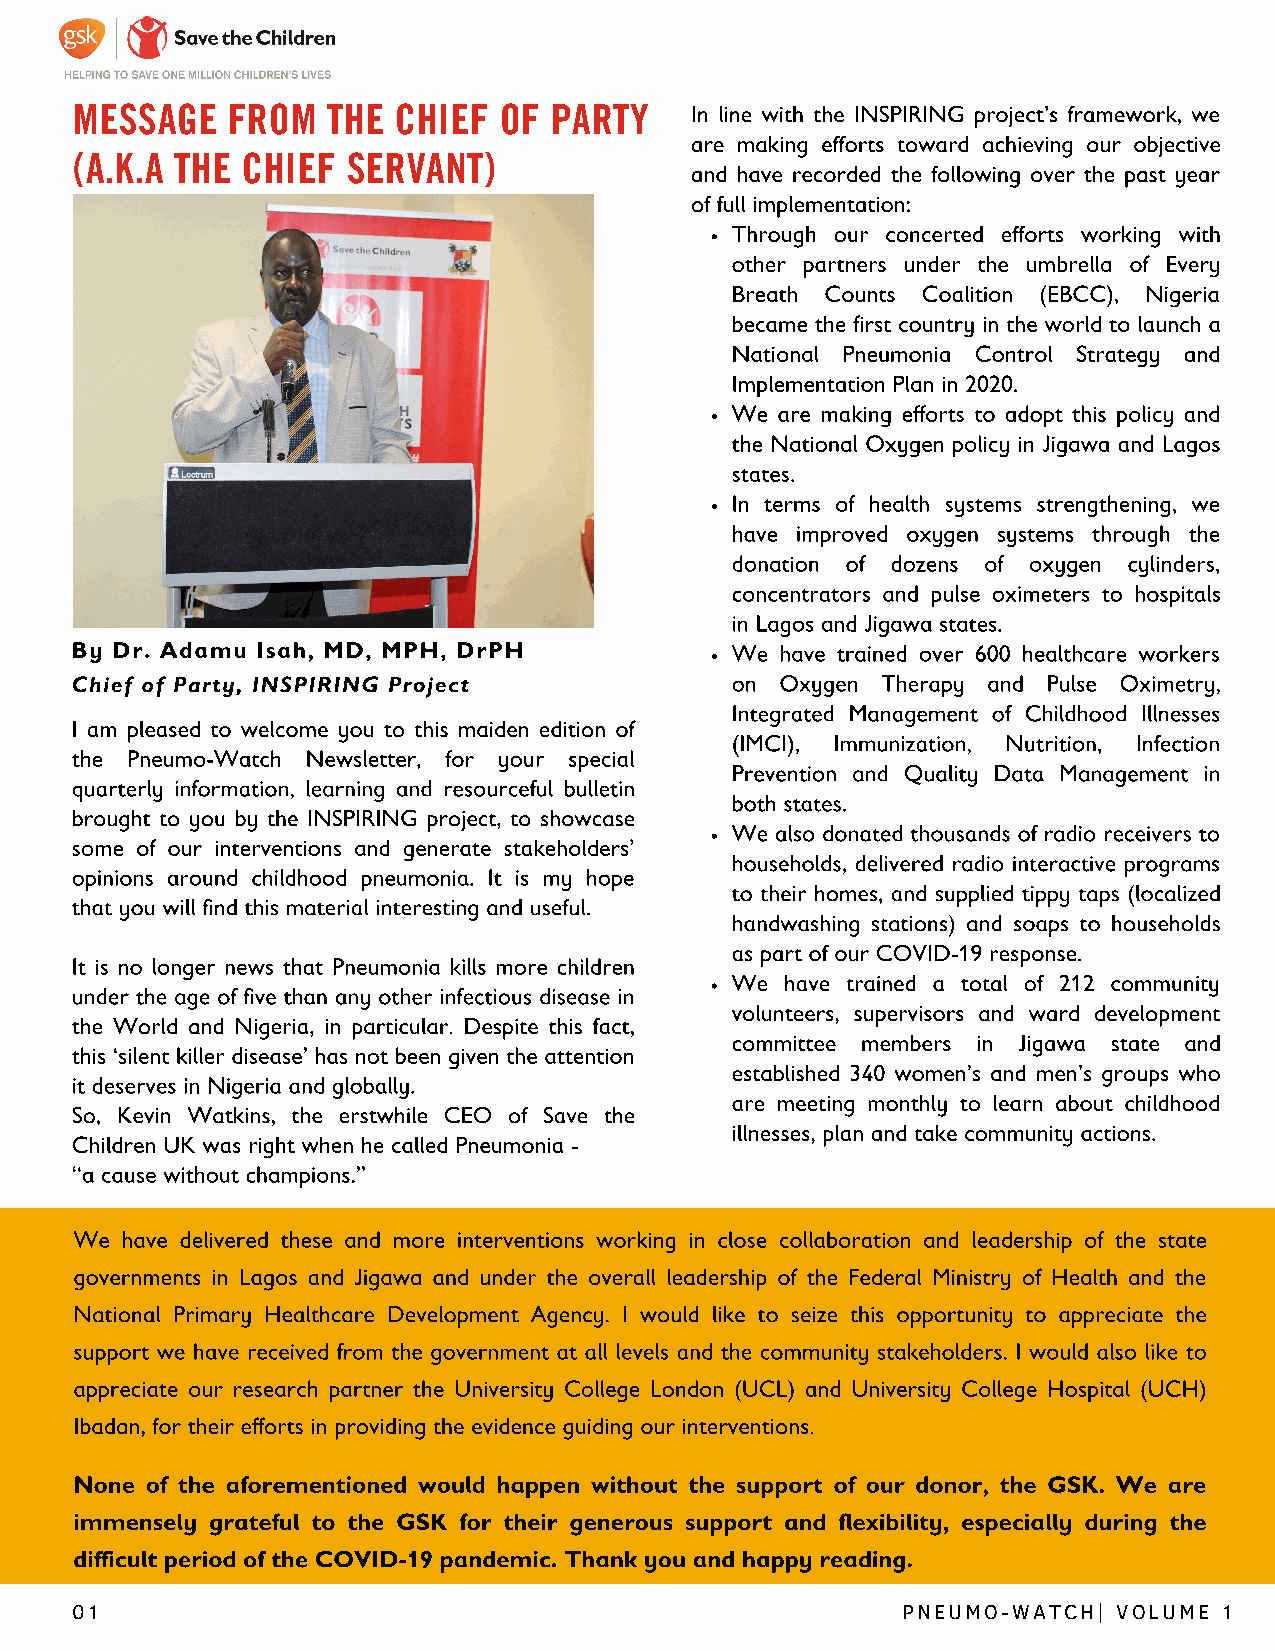
MESSAGE   FROM   THE CHIEF  OF PARTY     In line with the INSPIRING project’s framework, we
 are making efforts toward achieving our objective
 (A.K.A THE CHIEF  SERVANT)
 and have recorded the following over the past year
 of full implementation:
 Through our concerted efforts working with
 other partners under the umbrella of Every
 Breath Counts Coalition (EBCC), Nigeria
 became the first country in the world to launch a
 National Pneumonia Control Strategy and
 Implementation Plan in 2020.
 We are making efforts to adopt this policy and
 the National Oxygen policy in Jigawa and Lagos
 states.
 In terms of health systems strengthening, we
 have improved oxygen systems through the
 donation of dozens of oxygen cylinders,
 concentrators and pulse oximeters to hospitals
 in Lagos and Jigawa states.
 By Dr. Adamu Isah, MD, MPH, DrPH           We  have trained over 600 healthcare workers
 Chief of Party, INSPIRING Project          on  Oxygen Therapy and Pulse Oximetry,
 Integrated Management of Childhood Illnesses
 I am pleased to welcome you to this maiden edition of
 (IMCI), Immunization, Nutrition, Infection
 the Pneumo-Watch Newsletter, for your special
 Prevention and Quality Data Management in
 quarterly information, learning and resourceful bulletin
 both states.
 brought to you by the INSPIRING project, to showcase
 We also donated thousands of radio receivers to
 some of our interventions and generate stakeholders’
 households, delivered radio interactive programs
 opinions around childhood pneumonia. It is my hope
 to their homes, and supplied tippy taps (localized
 that you will find this material interesting and useful.
 handwashing stations) and soaps to households
 as part of our COVID-19 response.
 It is no longer news that Pneumonia kills more children
 We  have trained a total of 212 community
 under the age of five than any other infectious disease in
 volunteers, supervisors and ward development
 the World and Nigeria, in particular. Despite this fact,
 committee members in Jigawa state and
 this ‘silent killer disease’ has not been given the attention
 established 340 women’s and men’s groups who
 it deserves in Nigeria and globally.
 are meeting monthly to learn about childhood
 So, Kevin Watkins, the erstwhile CEO of Save the
 illnesses, plan and take community actions.
 Children UK was right when he called Pneumonia -
 “a cause without champions.”
 We have delivered these and more interventions working in close collaboration and leadership of the state
 governments in Lagos and Jigawa and under the overall leadership of the Federal Ministry of Health and the
 National Primary Healthcare Development Agency. I would like to seize this opportunity to appreciate the
 support we have received from the government at all levels and the community stakeholders. I would also like to
 appreciate our research partner the University College London (UCL) and University College Hospital (UCH)
 Ibadan, for their efforts in providing the evidence guiding our interventions.
 None of the aforementioned would happen without the support of our donor, the GSK. We are
 immensely grateful to the GSK for their generous support and flexibility, especially during the
 difficult period of the COVID-19 pandemic. Thank you and happy reading.
 01                                                     PNEUMO-WATCH| VOLUME 1